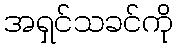
အရှင်သခင်ကို